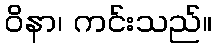
ဝိနာ၊ ကင်းသည်။